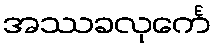
အဿခလုင်္ကေ